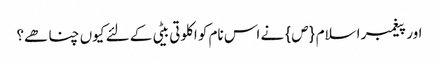
اور پیغمبر اسلام {ص} نے اس نام کو اکلوتی بیٹی کے لئے کیوں چنا ھے؟